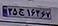
۳۵ج۱۶۲۶۷